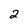
Character: 2